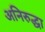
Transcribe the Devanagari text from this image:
अनिरुद्धा